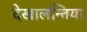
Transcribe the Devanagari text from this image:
देखालन्तिया